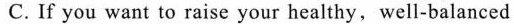
C.If you want to raise your healthy,well-balanced